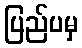
ပြည်ပမှ